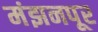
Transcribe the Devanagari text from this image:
मंझनपूर